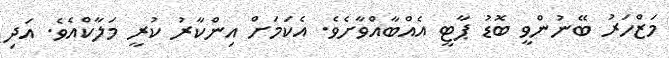
މަޒްހަރު ބޭނުންވީ ބޮޑު ޕާޓީ އެއްބާއްވާށެވެ. އެކަމަށް އިންކާރު ކުރީ މަލާކްއެވެ. އަދި